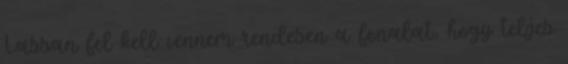
Lassan fel kell vennem rendesen a fonalat, hogy teljes